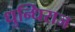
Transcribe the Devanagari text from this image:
धुन्धिराज